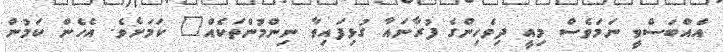
އެއްބަސްވީ ނަމަވެސް މިއީ ދިވެހިންގެ ފުރާނައާ ގުޅިފައިވާ ނިންމުންތަކެއް" ކަމަށެވެ. އެހެން ކަމުން